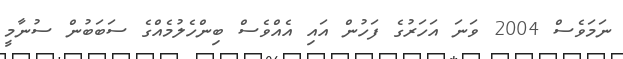
ނަމަވެސް 2004 ވަނަ އަހަރުގެ ފަހުން އައި އެއްވެސް ބިންހެލުމެއްގެ ސަބަބުން ސުނާމީ